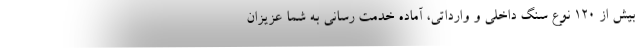
بیش از ۱۲۰ نوع سنگ داخلی و وارداتی، آماده خدمت رسانی به شما عزیزان